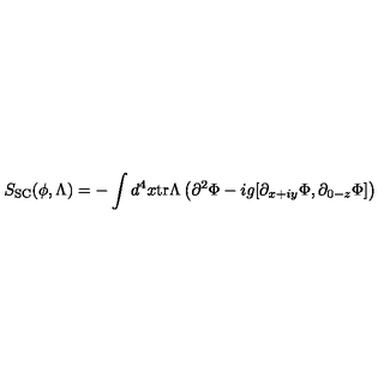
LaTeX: S _ { \mathrm { S C } } ( \phi , \Lambda ) = - \int d ^ { 4 } x \mathrm { t r } \Lambda \left( \partial ^ { 2 } \Phi - i g [ \partial _ { x + i y } \Phi , \partial _ { 0 - z } \Phi ] \right)